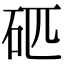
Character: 𥐵